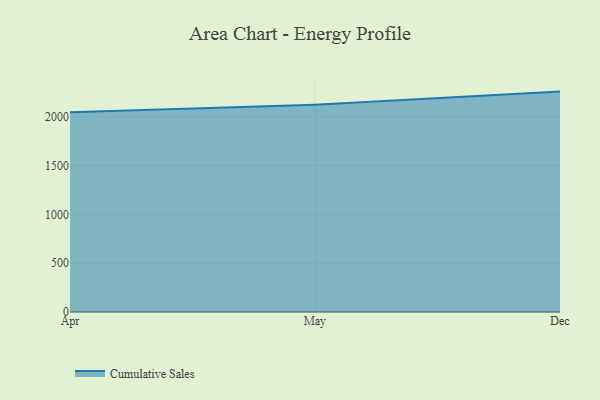
{"axis": {"x": "Month", "y": "Bounce Rate (%)"}, "legend": ["Cumulative Sales"], "data": [{"x": "Apr", "y": 2046.9, "type": "Cumulative Sales"}, {"x": "May", "y": 2125.9, "type": "Cumulative Sales"}, {"x": "Dec", "y": 2259.5, "type": "Cumulative Sales"}]}